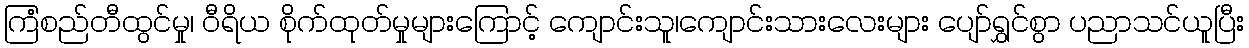
ကြံစည်တီထွင်မှု၊ ဝီရိယ စိုက်ထုတ်မှုများကြောင့် ကျောင်းသူ၊ကျောင်းသားလေးများ ပျော်ရွှင်စွာ ပညာသင်ယူပြီး